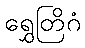
ရွှေတြိဂံ